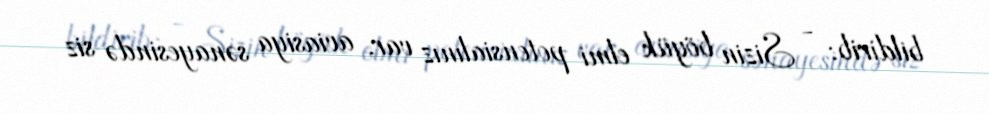
bildirib: - Sizin böyük elmi potensialınız var, aviasiya sənayesində siz